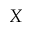
X